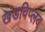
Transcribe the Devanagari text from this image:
खंडविप्लव